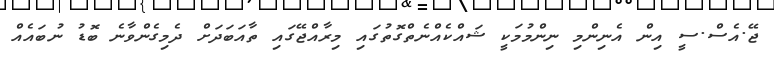
ޖޭ.އެސް.ސީ އިން އެނިންމި ނިންމުމަކީ ޝައްކެއްނެތްގޮތުގައި މިރާއްޖޭގައި ތާއަބަދަށް ދެމިގެންވާނެ ބޮޑު ނުބައެއް